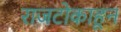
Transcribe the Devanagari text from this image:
राजटोकाहून